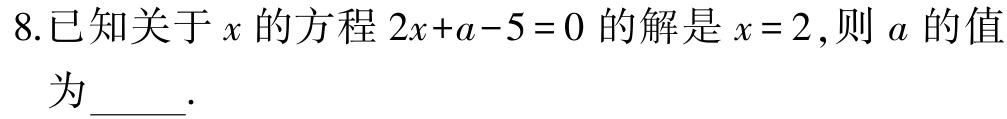
8.已知关于\(x\)的方程\(2x + a - 5 = 0\)的解是\(x = 2\),则\(a\)的值为_____.